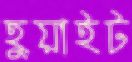
হুয়াইট